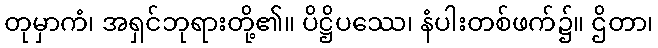
တုမှာကံ၊ အရှင်ဘုရားတို့၏။ ပိဋ္ဌိပဿေ၊ နံပါးတစ်ဖက်၌။ ဌိတာ၊